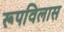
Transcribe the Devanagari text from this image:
रूपविलास